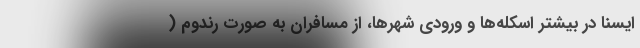
ایسنا در بیشتر اسکله‌ها و ورودی شهرها، از مسافران به صورت رندوم (